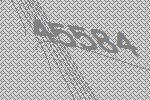
45584